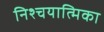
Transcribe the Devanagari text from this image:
निश्चयात्मिका